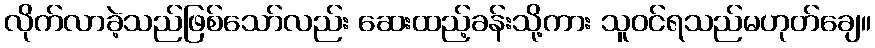
လိုက်လာခဲ့သည်ဖြစ်သော်လည်း ဆေးထည့်ခန်းသို့ကား သူဝင်ရသည်မဟုတ်ချေ။